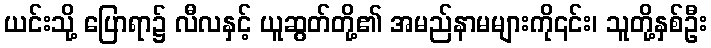
ယင်းသို့ ပြောရာ၌ လီလနှင့် ယူဆွတ်တို့၏ အမည်နာမများကို၎င်း၊ သူတို့နှစ်ဦး